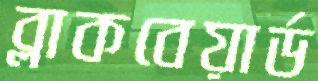
ব্লাকবেয়ার্ড